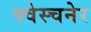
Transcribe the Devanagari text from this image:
क्वेस्चनेर